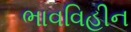
ભાવવિહીન